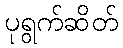
ပုရွက်ဆိတ်